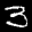
Label: 3